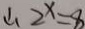
\therefore 2 ^ { x } = 8